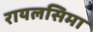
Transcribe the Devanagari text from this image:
रायलसिमा